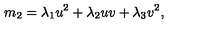
m _ { 2 } = \lambda _ { 1 } u ^ { 2 } + \lambda _ { 2 } u v + \lambda _ { 3 } v ^ { 2 } ,